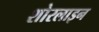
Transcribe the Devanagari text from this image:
शोरलाइन